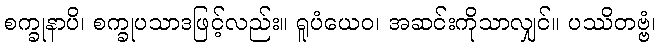
စက္ခုနာပိ၊ စက္ခုပသာဒဖြင့်လည်း။ ရူပံယေဝ၊ အဆင်းကိုသာလျှင်။ ပဿိတဗ္ဗံ၊